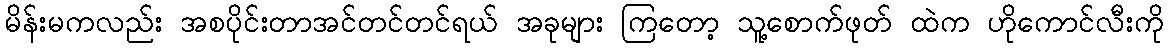
မိန်းမကလည်း အစပိုင်းတာအင်တင်တင်ရယ် အခုများ ကြတော့ သူ့စောက်ဖုတ် ထဲက ဟိုကောင်လီးကို